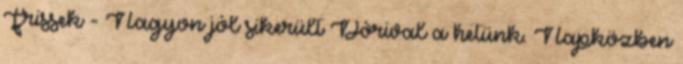
Frissek - Nagyon jól sikerült Dórival a hetünk. Napközben